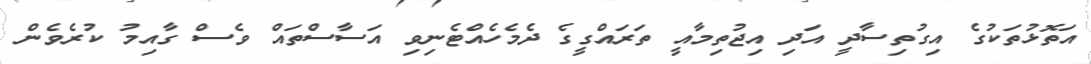
އަތޮޅުތަކުގެ އިގުތިސާދީ އަދި އިޖުތިމާއީ ތަރައްގީގެ ދެމެހެއްޓެނިވި އަސާސްތައް ވެސް ގާއިމު ކުރެވެން